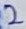
Text: 2